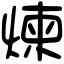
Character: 煉